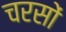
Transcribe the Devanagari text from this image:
चरसों